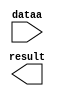
// megafunction wizard: %LPM_ADD_SUB%VBB%
// GENERATION: STANDARD
// VERSION: WM1.0
// MODULE: LPM_ADD_SUB 

// ============================================================
// Megafunction Name(s):
// 			LPM_ADD_SUB
//
// Simulation Library Files(s):
// 			lpm
// ============================================================
// ************************************************************
// THIS IS A WIZARD-GENERATED FILE. DO NOT EDIT THIS FILE!
//
// 13.1.0 Build 162 10/23/2013 SJ Full Version
// ************************************************************

//Copyright (C) 1991-2013 Altera Corporation
//Your use of Altera Corporation's design tools, logic functions 
//and other software and tools, and its AMPP partner logic 
//functions, and any output files from any of the foregoing 
//(including device programming or simulation files), and any 
//associated documentation or information are expressly subject 
//to the terms and conditions of the Altera Program License 
//Subscription Agreement, Altera MegaCore Function License 
//Agreement, or other applicable license agreement, including, 
//without limitation, that your use is for the sole purpose of 
//programming logic devices manufactured by Altera and sold by 
//Altera or its authorized distributors.  Please refer to the 
//applicable agreement for further details.

module sub (
	dataa,
	result);

	input	[10:0]  dataa;
	output	[10:0]  result;

endmodule

// ============================================================
// CNX file retrieval info
// ============================================================
// Retrieval info: PRIVATE: CarryIn NUMERIC "0"
// Retrieval info: PRIVATE: CarryOut NUMERIC "0"
// Retrieval info: PRIVATE: ConstantA NUMERIC "0"
// Retrieval info: PRIVATE: ConstantB NUMERIC "512"
// Retrieval info: PRIVATE: Function NUMERIC "1"
// Retrieval info: PRIVATE: INTENDED_DEVICE_FAMILY STRING "Cyclone IV E"
// Retrieval info: PRIVATE: LPM_PIPELINE NUMERIC "0"
// Retrieval info: PRIVATE: Latency NUMERIC "0"
// Retrieval info: PRIVATE: Overflow NUMERIC "0"
// Retrieval info: PRIVATE: RadixA NUMERIC "10"
// Retrieval info: PRIVATE: RadixB NUMERIC "10"
// Retrieval info: PRIVATE: Representation NUMERIC "0"
// Retrieval info: PRIVATE: SYNTH_WRAPPER_GEN_POSTFIX STRING "0"
// Retrieval info: PRIVATE: ValidCtA NUMERIC "0"
// Retrieval info: PRIVATE: ValidCtB NUMERIC "1"
// Retrieval info: PRIVATE: WhichConstant NUMERIC "2"
// Retrieval info: PRIVATE: aclr NUMERIC "0"
// Retrieval info: PRIVATE: clken NUMERIC "0"
// Retrieval info: PRIVATE: nBit NUMERIC "11"
// Retrieval info: PRIVATE: new_diagram STRING "1"
// Retrieval info: LIBRARY: lpm lpm.lpm_components.all
// Retrieval info: CONSTANT: LPM_DIRECTION STRING "SUB"
// Retrieval info: CONSTANT: LPM_HINT STRING "ONE_INPUT_IS_CONSTANT=YES,CIN_USED=NO"
// Retrieval info: CONSTANT: LPM_REPRESENTATION STRING "SIGNED"
// Retrieval info: CONSTANT: LPM_TYPE STRING "LPM_ADD_SUB"
// Retrieval info: CONSTANT: LPM_WIDTH NUMERIC "11"
// Retrieval info: USED_PORT: dataa 0 0 11 0 INPUT NODEFVAL "dataa[10..0]"
// Retrieval info: USED_PORT: result 0 0 11 0 OUTPUT NODEFVAL "result[10..0]"
// Retrieval info: CONNECT: @dataa 0 0 11 0 dataa 0 0 11 0
// Retrieval info: CONNECT: @datab 0 0 11 0 512 0 0 11 0
// Retrieval info: CONNECT: result 0 0 11 0 @result 0 0 11 0
// Retrieval info: GEN_FILE: TYPE_NORMAL sub.v TRUE
// Retrieval info: GEN_FILE: TYPE_NORMAL sub.inc FALSE
// Retrieval info: GEN_FILE: TYPE_NORMAL sub.cmp FALSE
// Retrieval info: GEN_FILE: TYPE_NORMAL sub.bsf FALSE
// Retrieval info: GEN_FILE: TYPE_NORMAL sub_inst.v FALSE
// Retrieval info: GEN_FILE: TYPE_NORMAL sub_bb.v TRUE
// Retrieval info: LIB_FILE: lpm